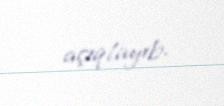
açıqlayıb.